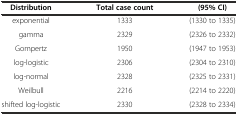
| Distribution | Total case count | (95% CI) |
 | --- | --- | --- |
 | exponential | 1333 | (1330 to 1335) |
 | gamma | 2329 | (2326 to 2332) |
 | Gompertz | 1950 | (1947 to 1953) |
 | log-logistic | 2306 | (2304 to 2310) |
 | log-normal | 2328 | (2325 to 2331) |
 | Weilbull | 2216 | (2214 to 2220) |
 | shifted log-logistic | 2330 | (2328 to 2334) |